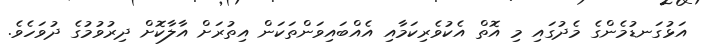
އަޅުގަނޑުމެންގެ މެދުގައި މި އޮތް އެކުވެރިކަމާއި އެއްބައިވަންތަކަން އިތުރަށް އާލާކޮށް ދިރުވުމުގެ ދުވަހެވެ.